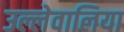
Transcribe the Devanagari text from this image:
उल्लेवालिया